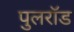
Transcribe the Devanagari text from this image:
पुलरॉड